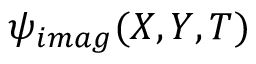
\psi _ { i m a g } ( X , Y , T )